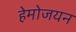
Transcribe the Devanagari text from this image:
हेमोजयन